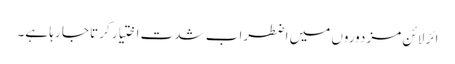
ائر لائن مزدوروں میں اضطراب شدت اختیار کرتا جا رہا ہے۔